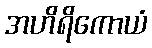
အဟိရိကောယံ